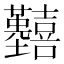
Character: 𡆒